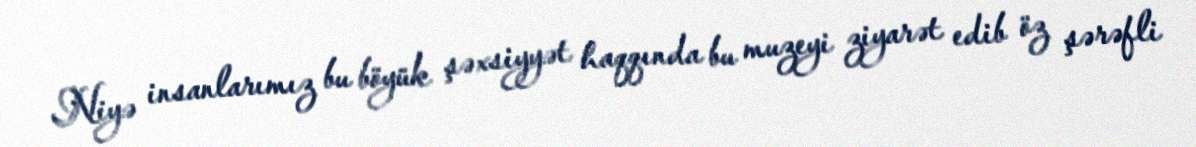
Niyə insanlarımız bu böyük şəxsiyyət haqqında bu muzeyi ziyarət edib öz şərəfli